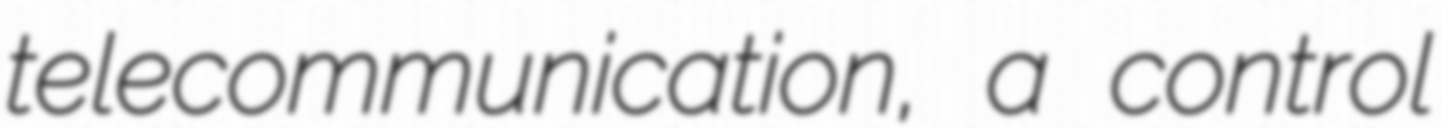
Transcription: telecommunication, a control